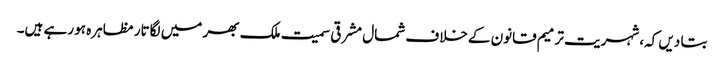
بتا دیں کہ، شہریت ترمیم قانون کےخلاف شمال مشرقی سمیت ملک بھر میں لگاتار مظاہرہ ہو رہے ہیں۔